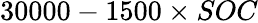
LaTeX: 30000-1500\times SOC